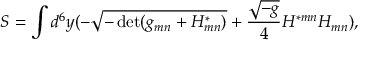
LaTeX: S = \int d ^ { 6 } y ( - \sqrt { - \operatorname * { d e t } ( g _ { m n } + { H } _ { m n } ^ { * } ) } + { \frac { \sqrt { - g } } { 4 } } H ^ { * m n } H _ { m n } ) ,